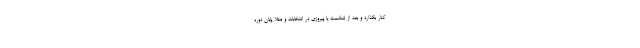
کنار بگذارد و بعد از شکست یا پیروزی در انتخابات و مثلا پایان دوره